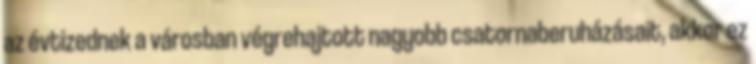
az évtizednek a városban végrehajtott nagyobb csatornaberuházásait, akkor ez